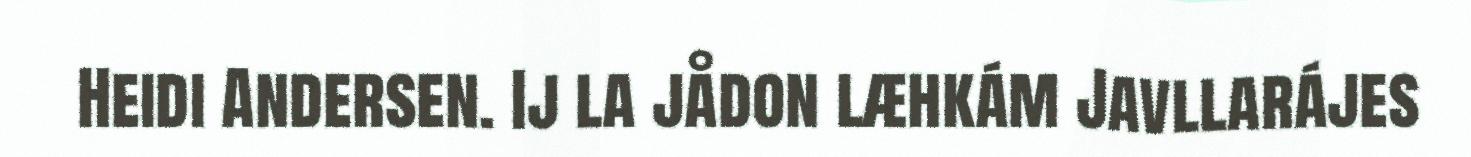
Heidi Andersen. Ij la jådon læhkám Javllarájes